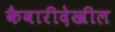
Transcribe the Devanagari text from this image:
कैवारीदेखील